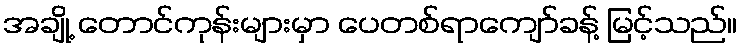
အချို့ တောင်ကုန်းများမှာ ပေတစ်ရာကျော်ခန့် မြင့်သည်။